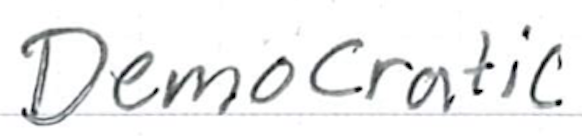
Text: Democratic
Cross-out: clean
Writing tool: ballpoint